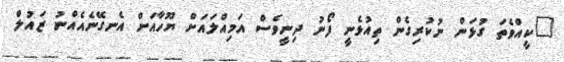
"ކީއްވެތަ ގުޅަން ނުކުރިގެން ތިއުޅެނީ ފޯނު ދިނީވެސް އަމިއްލައަށް ޔޫހާއަށް އެނގޭނެއެއްނު ޒައުލް